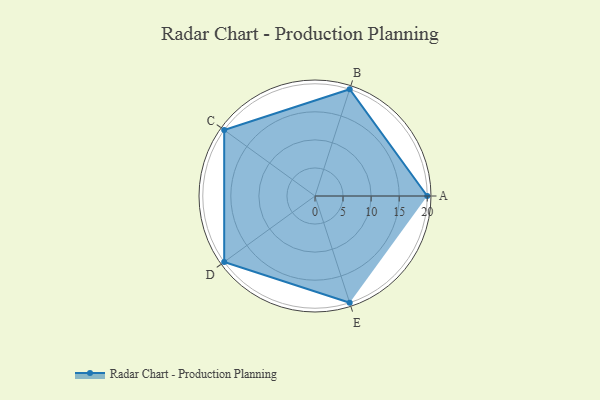
{"axis": {"x": "Skill", "y": "Score"}, "legend": ["Profile"], "data": [{"x": "A", "y": 20.0, "type": "Profile"}, {"x": "B", "y": 20, "type": "Profile"}, {"x": "C", "y": 20, "type": "Profile"}, {"x": "D", "y": 20, "type": "Profile"}, {"x": "E", "y": 20, "type": "Profile"}]}